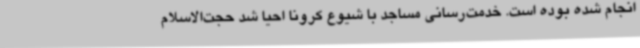
انجام شده بوده است. خدمت‌رسانی مساجد با شیوع کرونا احیا شد حجت‌الاسلام